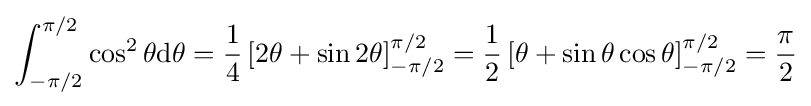
\int _{-\pi /2}^{\pi /2}\cos ^{2}\theta \mathrm {d} \theta ={\frac {1}{4}}\left[2\theta +\sin 2\theta \right]_{-\pi /2}^{\pi /2}={\frac {1}{2}}\left[\theta +\sin \theta \cos \theta \right]_{-\pi /2}^{\pi /2}={\frac {\pi }{2}}